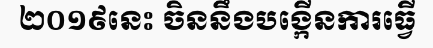
២០១៩នេះ ចិននឹងបង្កើនការធ្វើ